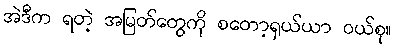
အဲဒီက ရတဲ့ အမြတ်တွေကို စတော့ရှယ်ယာ ဝယ်စု။